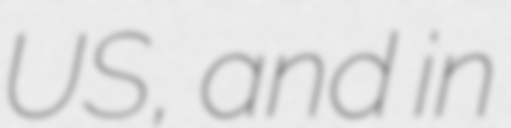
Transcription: US, and in